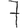
Digit: 7